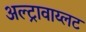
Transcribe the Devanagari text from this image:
अल्ट्रावाय्लट